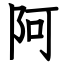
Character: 阿